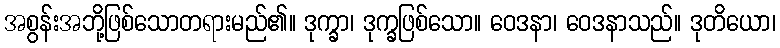
အစွန်းအဘို့ဖြစ်သောတရားမည်၏။ ဒုက္ခာ၊ ဒုက္ခဖြစ်သော။ ဝေဒနာ၊ ဝေဒနာသည်။ ဒုတိယော၊